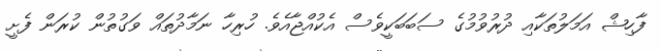
ފާހިޝް އަމަލުތަކާއި ދުރުވުމުގެ ސަބަބަކީވެސް އެކުއްޖާއެވެ. ހުރިހާ ނަމާދުތައް ވަގުތުން ކުރަން ފެށީ